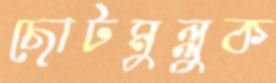
ছোটমুল্লুক